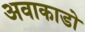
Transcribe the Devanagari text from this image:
अवाकाडो